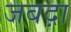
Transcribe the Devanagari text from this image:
जबद़ा